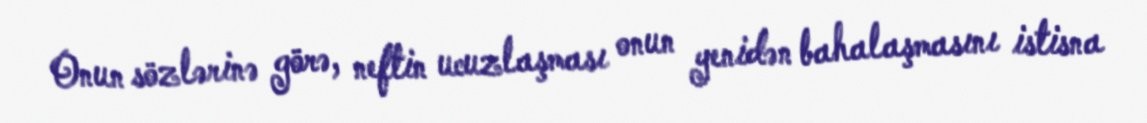
Onun sözlərinə görə, neftin ucuzlaşması onun yenidən bahalaşmasını istisna